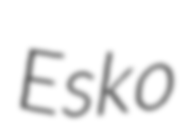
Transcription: Esko